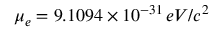
\mu _ { e } = 9 . 1 0 9 4 \times 1 0 ^ { - 3 1 } \, e V / c ^ { 2 }